Report on sanitation, dispensaries, and jails in Rajputana for 1913, and on vaccination for the year 1913-1914 - 1913-1914
Year: 1913
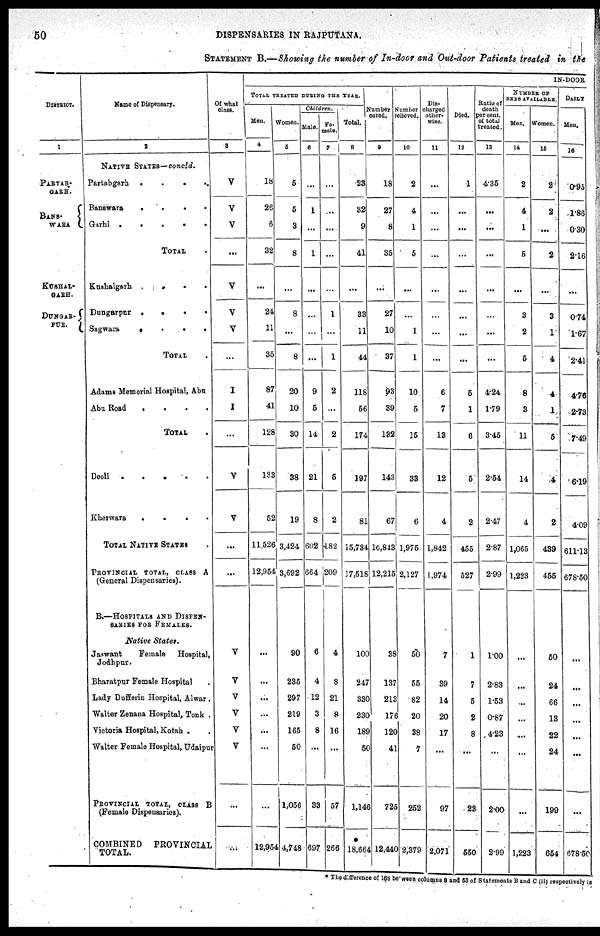
50
DISPENSARIES IN RAJPUTANA.
STATEMENT B.—Showing the number of In-door and Out-door Patients treated in the
DISTRICT.
1
PARTAB¬
GARH.
BANS¬
WARA
KUSHAL¬
GARH.
DUNGAR¬
PUR.
Name of Dispensary.
2
NATIVE STATES— concld.
Partabgarh .
.
. .
Banswara
.
.
.
.
Garhi .
.
.
.
.
TOTAL .
Kushalgarh
.
. .
Dungarpur .
.
.
.
Sagwara
.
.
.
.
TOTAL .
Adams Memorial Hospital, Abu
Abu Road
.
.
.
.
TOTAL .
Deoli .
.
.
.
Kherwara
.
.
. .
TOTAL NATIVE STATES .
PROVINCIAL TOTAL, CLASS A
(General Dispensaries).
B.—HOSPITALS AND DISPEN¬
SARIES FOR FEMALES.
Native States.
Jaswant
Female Hospital,
Jodhpur.
Bharatpur Female Hospital .
Lady Dufferin Hospital, Alwar.
Walter Zenana Hospital, Tonk .
Victoria Hospital, Kotah . .
Walter Female Hospital, Udaipur
PROVINCIAL TOTAL, CLASS B
(Female Dispensaries).
COMBINED
PROVINCIAL
TOTAL.
Of what
class.
3
V
V
V
...
V
V
V
...
I
I
...
V
V
...
...
V
V
V
V
V
V
...
...
IN-DOOR
TOTAL TREATED DURING THE YEAR.
Men.
4
18
26
6
32
...
24
11
35
87
41
128
133
52
11,526
12,954
...
...
...
...
...
...
...
12,964
Women.
5
5
5
3
8
...
8
...
8
20
10
30
38
19
3,424
3,692
90
285
297
219
165
50
1,056
4,748
Children.
Male.
6
...
1
...
1
...
...
...
...
9
5
14
21
8
602
664
6
4
12
3
8
...
33
697
Fe-
male.
7
...
...
...
...
...
1
...
1
2
...
2
6
2
482
209
4
8
21
8
16
...
57
266
Total.
8
23
32
9
41
...
33
11
44
118
56
174
197
81
15,784
17,518
100
247
330
230
189
50
1,146
18,664
Number
cured.
9
18
27
8
35
...
27
10
37
93
39
132
143
67
10,843
12,215
38
137
213
176
120
41
725
12,440
Number
relieved.
10
2
4
1
5
...
...
1
1
10
5
15
33
6
1,975
2,127
50
55
82
20
38
7
252
2,379
Dis-
charged
other¬
wise.
11
...
...
...
...
...
...
...
...
6
7
13
12
4
1,842
1,974
7
39
14
20
17
...
97
2,071
Died.
12
1
...
...
...
...
...
...
...
5
1
6
5
2
455
527
1
7
5
2
8
...
23
550
Ratio of
death
per cent.
of total
treated.
13
4.35
...
...
...
...
...
...
...
4.24
1.79
3.45
2.54
2.47
2.87
2.99
1.00
2.83
1.53
0.87
4.23
...
2.00
2.99
NUMBER OF
BEDS AVAILABLE.
Men.
14
2
4
1
5
...
3
2
5
8
3
11
14
4
1,065
1,223
...
...
...
...
...
...
...
1,223
Women.
15
2
2
...
2
...
3
1
4
4
1
6
4
2
439
455
50
24
66
13
22
24
199
654
DAILY
Men.
16
0.95
1.86
0.30
2.16
...
0.74
1.67
2.41
4.76
2.73
7.49
6.19
4.09
611.13
678.50
...
...
...
...
...
...
...
678.50
The difference of 168 between columns 8 and 53 of Statements B and C (ii) respectively is